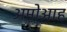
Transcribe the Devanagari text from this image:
अमोआह